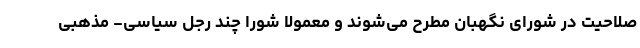
صلاحیت در شورای نگهبان مطرح می‌شوند و معمولا شورا چند رجل سیاسی- مذهبی